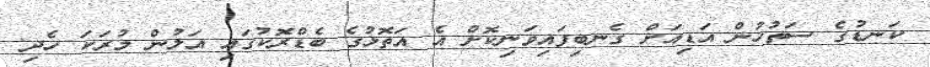
ކަނޑުގެ ސަތުހުން އަޑިއަށް ގެނބިފައިވަނިކޮށް އެ އަތޮޅުގެ ބެޑްރޮކުގައި އަލުން މުރަކަ ހެދި